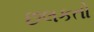
છલકતો